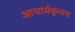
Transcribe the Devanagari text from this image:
आचार्यकूलम